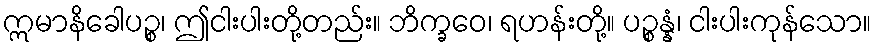
ဣမာနိခေါပဉ္စ၊ ဤငါးပါးတို့တည်း။ ဘိက္ခဝေ၊ ရဟန်းတို့။ ပဉ္စန္နံ၊ ငါးပါးကုန်သော။